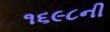
૧૬૯૮ની